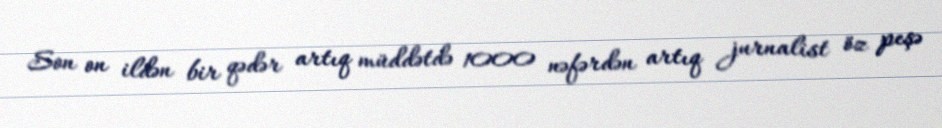
Son on ildən bir qədər artıq müddətdə 1000 nəfərdən artıq jurnalist öz peşə